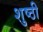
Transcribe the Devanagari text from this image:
शुष्ठी